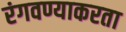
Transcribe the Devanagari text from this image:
रंगवण्याकरता